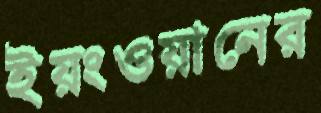
ইয়ংওয়ানের